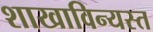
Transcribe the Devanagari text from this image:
शाखाविन्यस्त